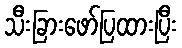
သီးခြားဖော်ပြထားပြီး